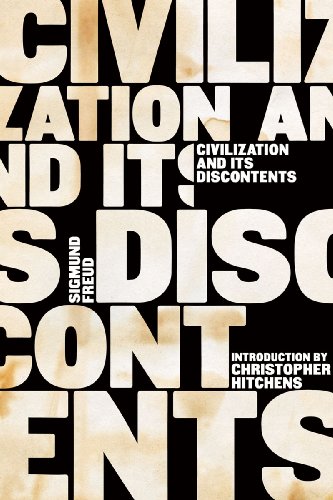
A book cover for Civilization and Its Discontents (Complete Psychological Works of Sigmund Freud); Sigmund Freud; Medical Books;